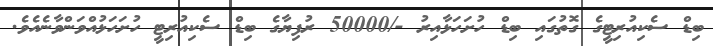
ބިޑް ސެކިއުރިޓީގެ ގޮތުގައި ބިޑް ހުށަހަޅާއިރު -/50000 ރުފިޔާގެ ބިޑް ސެކިއުރިޓީ ހުށަހަޅުއްވަންވާނެއެވެ.